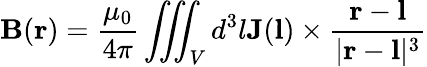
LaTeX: \mathbf{B}(\mathbf{r})={\frac{\mu_{0}}{4\pi}}\iiint_{V}d^{3}l\mathbf{J}(\mathbf{l})\times{\frac{\mathbf{r}-\mathbf{l}}{|\mathbf{r}-\mathbf{l}|^{3}}}